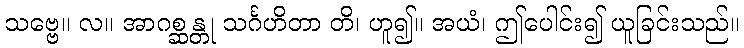
သဗ္ဗေ။ လ။ အာဂစ္ဆန္တု သင်္ဂဟိတာ တိ၊ ဟူ၍။ အယံ၊ ဤပေါင်း၍ ယူခြင်းသည်။